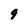
Character: 9